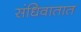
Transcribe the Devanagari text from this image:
संधिवातात